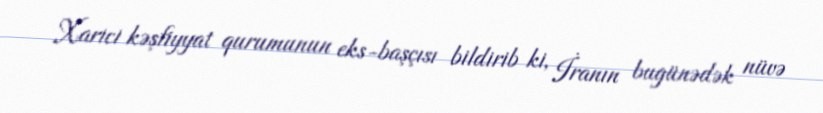
Xarici kəşfiyyat qurumunun eks-başçısı bildirib ki, İranın bugünədək nüvə